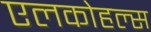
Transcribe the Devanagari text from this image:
एलकोहल्स